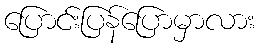
ပြောင်းပြန်ပြောမှာလား